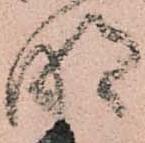
明